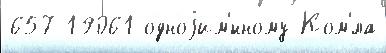
657 19061 одноjим'́нному Ком'́ла